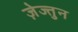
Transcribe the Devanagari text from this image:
ज़ेज्तुन